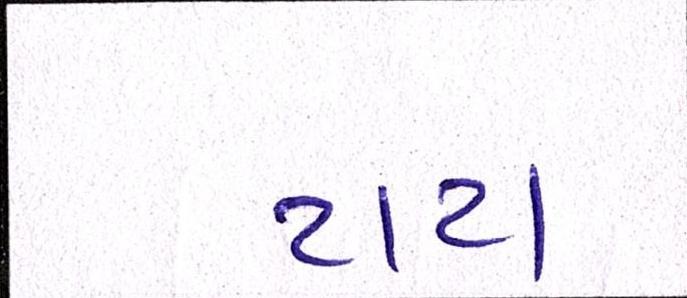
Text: ટાટા